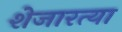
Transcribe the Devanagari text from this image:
शेजारत्या